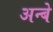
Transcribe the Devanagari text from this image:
अन्बे